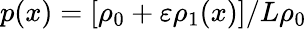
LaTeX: p(x)=\left[\rho_{0}+\varepsilon\rho_{1}(x)\right]/L\rho_{0}